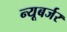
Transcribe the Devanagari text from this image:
न्यूबर्जर